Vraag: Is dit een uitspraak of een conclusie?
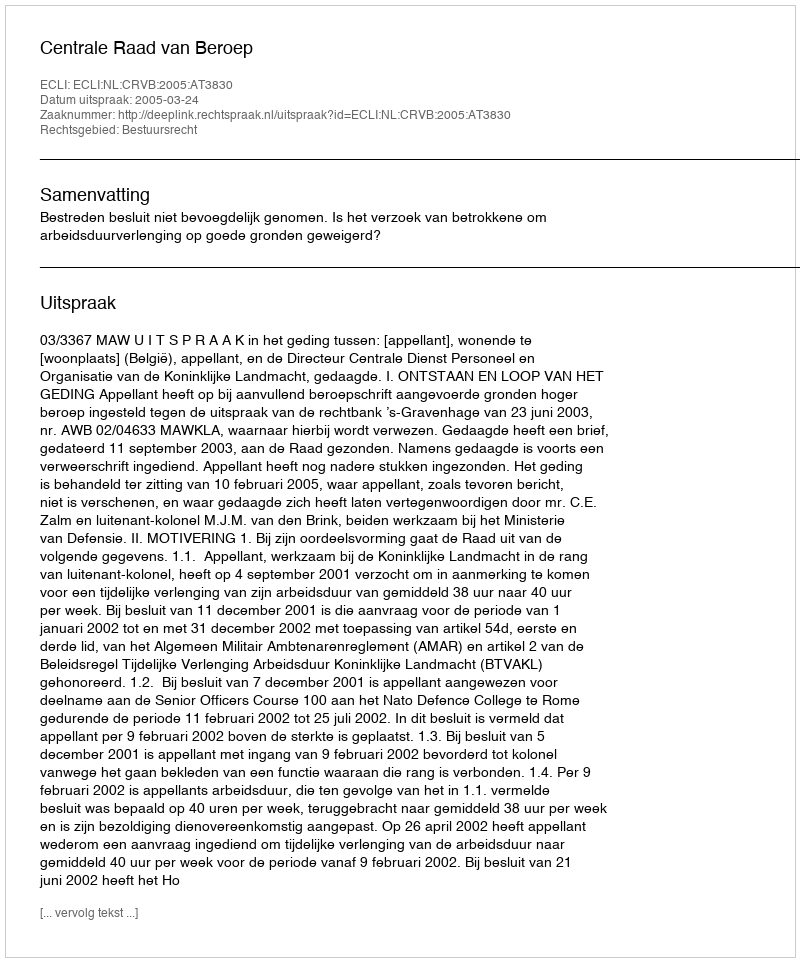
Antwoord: Uitspraak